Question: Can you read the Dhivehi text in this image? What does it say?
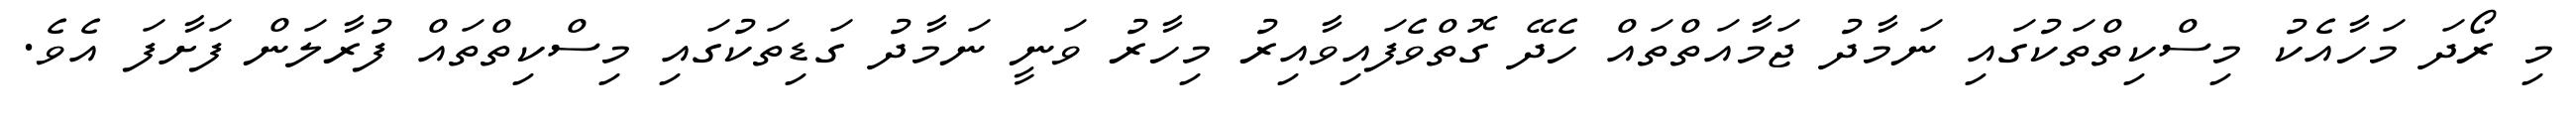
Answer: މި ރޯދަ މަހާއެކު މިސްކިތްތަކުގައި ނަމާދު ޖަމާއަތްތައް ހެދޭ ގޮތްވެފައިވާއިރު މިހާރު ވަނީ ނަމާދު ގަޑިތަކުގައި މިސްކިތްތައް ފުރާލަން ފަށާފަ އެވެ.